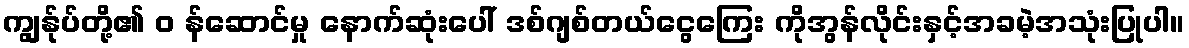
ကျွန်ုပ်တို့၏ ၀ န်ဆောင်မှု နောက်ဆုံးပေါ် ဒစ်ဂျစ်တယ်ငွေကြေး ကိုအွန်လိုင်းနှင့်အခမဲ့အသုံးပြုပါ။